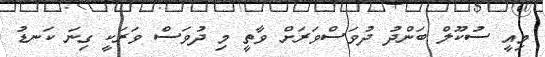
މިއީ ސުކޫލް ބަންދު ދުވަސްވަރަށް ވާތީ މި ދުވަސް ވަރަކީ ގިނަ ކަނޑު